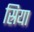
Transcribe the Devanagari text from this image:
स्रिया